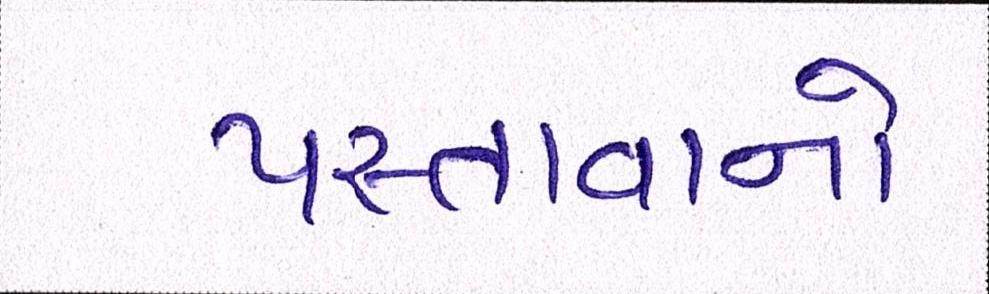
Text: પસ્તાવાનો